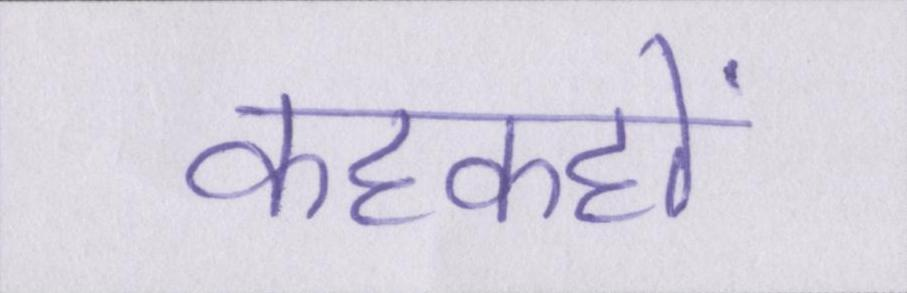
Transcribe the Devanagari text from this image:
कहकहों